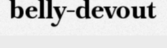
belly-devout